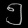
Digit: ၅